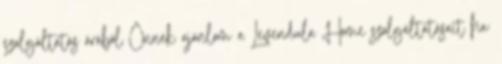
szolgáltatás árából Önnek ajánlom a Levendula Home szolgáltatásait ha: